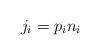
LaTeX: \begin{align*} j_i = p_in_i\end{align*}